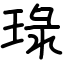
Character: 琭